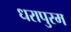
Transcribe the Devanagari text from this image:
धरापुरम